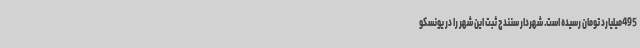
495میلیارد تومان رسیده است. شهردار سنندج ثبت این شهر را در یونسکو